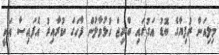
މިލިއަން ރުފިޔާގެ ބޮޑު އަގުގައި ބްރިޖް ހުޅުވާލުން ފާހަގަ ކުރާއިރު އެފައިސާ އަކީ